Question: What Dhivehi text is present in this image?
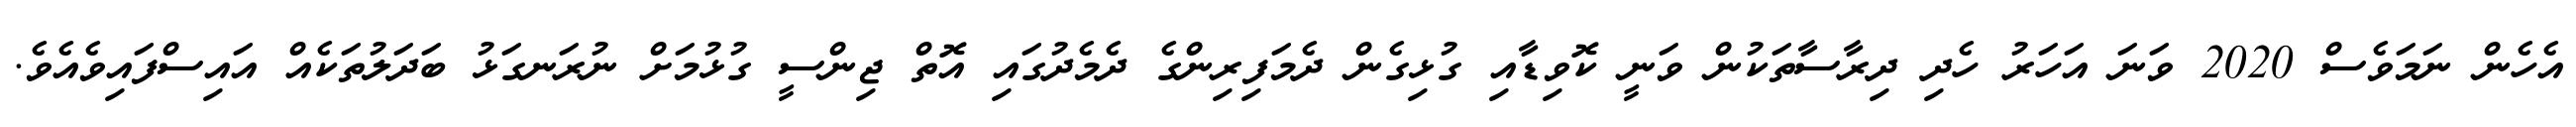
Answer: އެހެން ނަމަވެސް 2020 ވަނަ އަހަރު ހެދި ދިރާސާތަކުން ވަނީ ކޮވިޑާއި ގުޅިގެން ދެމަފިރިންގެ ދެމެދުގައި އޮތް ޖިންސީ ގުޅުމަށް ނުރަނގަޅު ބަދަލުތަކެއް އައިސްފައިވެއެވެ.